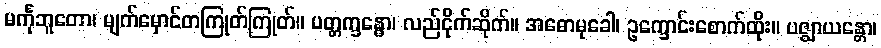
မင်္ကုဘူတော၊ မျက်မှောင်တကြုတ်ကြုတ်။ ပတ္တက္ခန္ဓော၊ လည်ငိုက်ဆိုက်။ အဓောမုခေါ၊ ဥက္ခောင်းစောက်ထိုး။ ပဇ္ဈာယန္တော၊